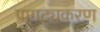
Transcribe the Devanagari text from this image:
प्रागट्यकरण